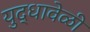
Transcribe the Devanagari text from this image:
युद्धावेळी